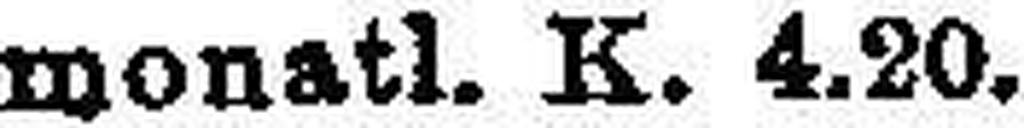
monatl. K. 4.20.